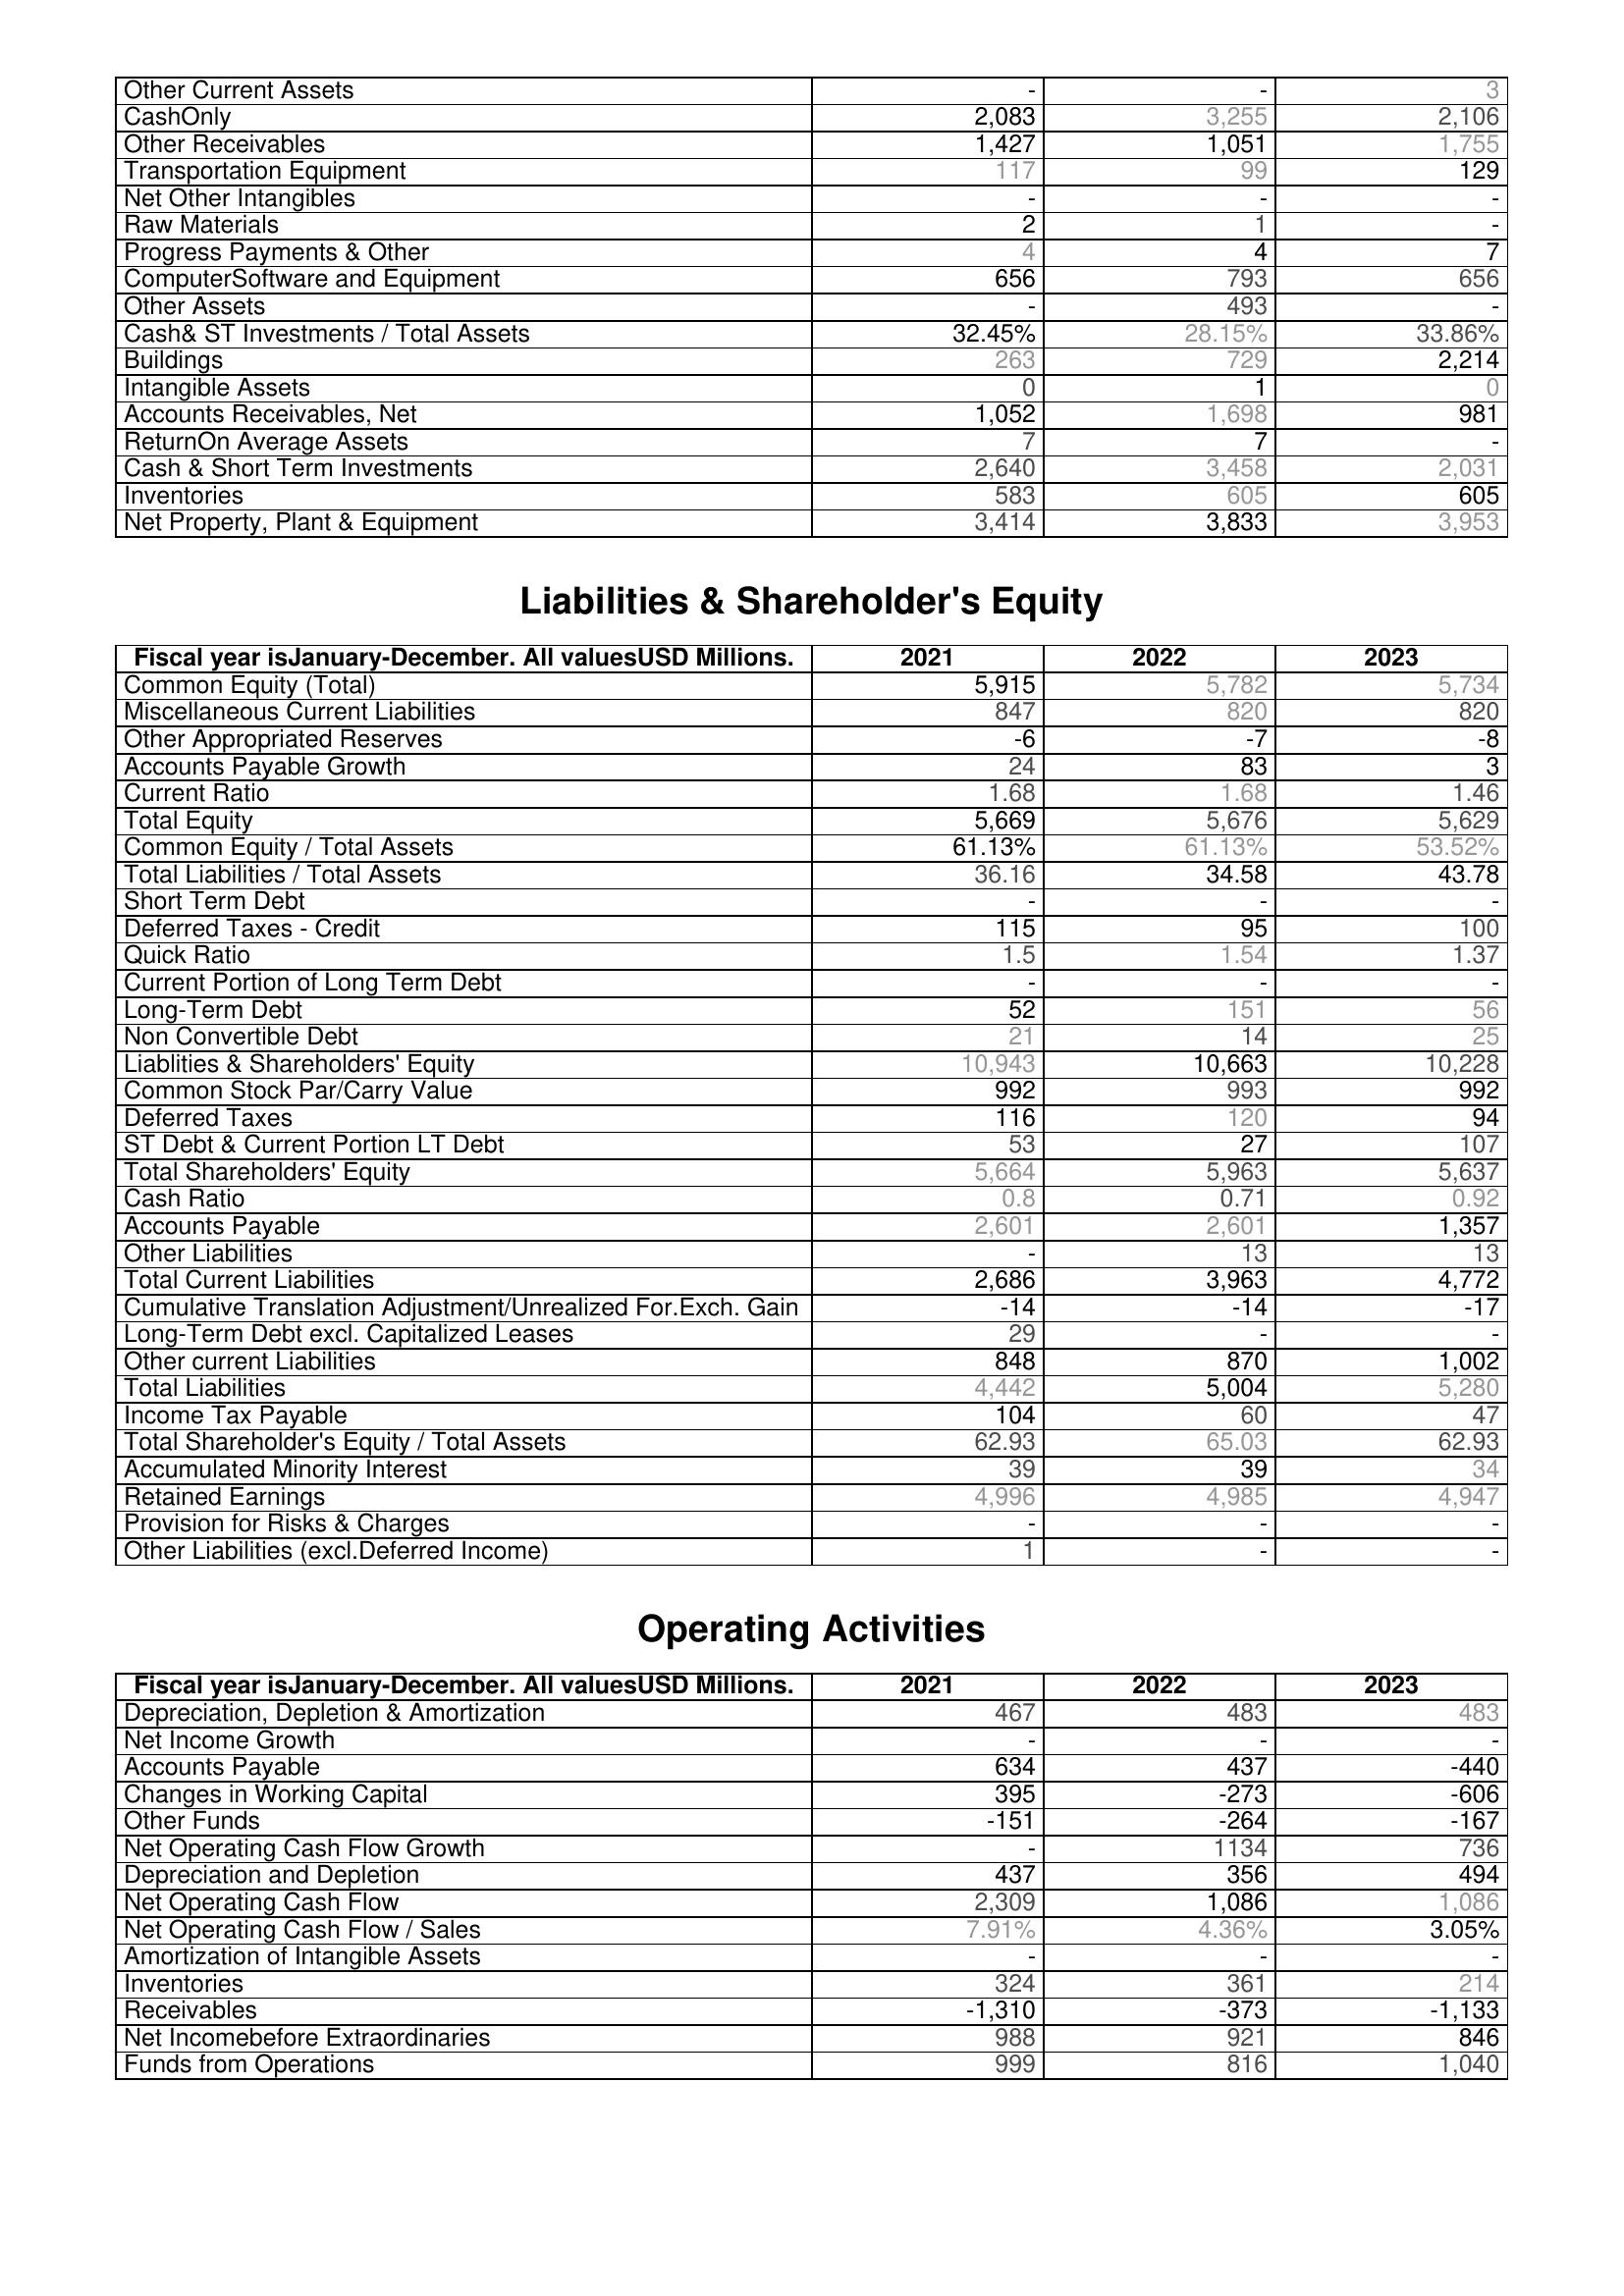
2021: Assets: Other Current Assets: -
CashOnly: 2,083
Other Receivables: 1,427
Transportation Equipment: 117
Net Other Intangibles: -
Raw Materials: 2
Progress Payments & Other: 4
ComputerSoftware and Equipment: 656
Other Assets: -
Cash& ST Investments / Total Assets: 32.45%
Buildings: 263
Intangible Assets: 0
Accounts Receivables, Net: 1,052
ReturnOn Average Assets: 7
Cash & Short Term Investments: 2,640
Inventories: 583
Net Property, Plant & Equipment: 3,414
Liabilities & Shareholder's Equity: Common Equity (Total): 5,915
Miscellaneous Current Liabilities: 847
Other Appropriated Reserves: -6
Accounts Payable Growth: 24
Current Ratio: 1.68
Total Equity: 5,669
Common Equity / Total Assets: 61.13%
Total Liabilities / Total Assets: 36.16
Short Term Debt: -
Deferred Taxes - Credit: 115
Quick Ratio: 1.5
Current Portion of Long Term Debt: -
Long-Term Debt: 52
Non Convertible Debt: 21
Liablities & Shareholders' Equity: 10,943
Common Stock Par/Carry Value: 992
Deferred Taxes: 116
ST Debt & Current Portion LT Debt: 53
Total Shareholders' Equity: 5,664
Cash Ratio: 0.8
Accounts Payable: 2,601
Other Liabilities: -
Total Current Liabilities: 2,686
Cumulative Translation Adjustment/Unrealized For.Exch. Gain: -14
Long-Term Debt excl. Capitalized Leases: 29
Other current Liabilities: 848
Total Liabilities: 4,442
Income Tax Payable: 104
Total Shareholder's Equity / Total Assets: 62.93
Accumulated Minority Interest: 39
Retained Earnings: 4,996
Provision for Risks & Charges: -
Other Liabilities (excl.Deferred Income): 1
Operating Activities: Depreciation, Depletion & Amortization: 467
Net Income Growth: -
Accounts Payable: 634
Changes in Working Capital: 395
Other Funds: -151
Net Operating Cash Flow Growth: -
Depreciation and Depletion: 437
Net Operating Cash Flow: 2,309
Net Operating Cash Flow / Sales: 7.91%
Amortization of Intangible Assets: -
Inventories: 324
Receivables: -1,310
Net Incomebefore Extraordinaries: 988
Funds from Operations: 999
2022: Assets: Other Current Assets: -
CashOnly: 3,255
Other Receivables: 1,051
Transportation Equipment: 99
Net Other Intangibles: -
Raw Materials: 1
Progress Payments & Other: 4
ComputerSoftware and Equipment: 793
Other Assets: 493
Cash& ST Investments / Total Assets: 28.15%
Buildings: 729
Intangible Assets: 1
Accounts Receivables, Net: 1,698
ReturnOn Average Assets: 7
Cash & Short Term Investments: 3,458
Inventories: 605
Net Property, Plant & Equipment: 3,833
Liabilities & Shareholder's Equity: Common Equity (Total): 5,782
Miscellaneous Current Liabilities: 820
Other Appropriated Reserves: -7
Accounts Payable Growth: 83
Current Ratio: 1.68
Total Equity: 5,676
Common Equity / Total Assets: 61.13%
Total Liabilities / Total Assets: 34.58
Short Term Debt: -
Deferred Taxes - Credit: 95
Quick Ratio: 1.54
Current Portion of Long Term Debt: -
Long-Term Debt: 151
Non Convertible Debt: 14
Liablities & Shareholders' Equity: 10,663
Common Stock Par/Carry Value: 993
Deferred Taxes: 120
ST Debt & Current Portion LT Debt: 27
Total Shareholders' Equity: 5,963
Cash Ratio: 0.71
Accounts Payable: 2,601
Other Liabilities: 13
Total Current Liabilities: 3,963
Cumulative Translation Adjustment/Unrealized For.Exch. Gain: -14
Long-Term Debt excl. Capitalized Leases: -
Other current Liabilities: 870
Total Liabilities: 5,004
Income Tax Payable: 60
Total Shareholder's Equity / Total Assets: 65.03
Accumulated Minority Interest: 39
Retained Earnings: 4,985
Provision for Risks & Charges: -
Other Liabilities (excl.Deferred Income): -
Operating Activities: Depreciation, Depletion & Amortization: 483
Net Income Growth: -
Accounts Payable: 437
Changes in Working Capital: -273
Other Funds: -264
Net Operating Cash Flow Growth: 1134
Depreciation and Depletion: 356
Net Operating Cash Flow: 1,086
Net Operating Cash Flow / Sales: 4.36%
Amortization of Intangible Assets: -
Inventories: 361
Receivables: -373
Net Incomebefore Extraordinaries: 921
Funds from Operations: 816
2023: Assets: Other Current Assets: 3
CashOnly: 2,106
Other Receivables: 1,755
Transportation Equipment: 129
Net Other Intangibles: -
Raw Materials: -
Progress Payments & Other: 7
ComputerSoftware and Equipment: 656
Other Assets: -
Cash& ST Investments / Total Assets: 33.86%
Buildings: 2,214
Intangible Assets: 0
Accounts Receivables, Net: 981
ReturnOn Average Assets: -
Cash & Short Term Investments: 2,031
Inventories: 605
Net Property, Plant & Equipment: 3,953
Liabilities & Shareholder's Equity: Common Equity (Total): 5,734
Miscellaneous Current Liabilities: 820
Other Appropriated Reserves: -8
Accounts Payable Growth: 3
Current Ratio: 1.46
Total Equity: 5,629
Common Equity / Total Assets: 53.52%
Total Liabilities / Total Assets: 43.78
Short Term Debt: -
Deferred Taxes - Credit: 100
Quick Ratio: 1.37
Current Portion of Long Term Debt: -
Long-Term Debt: 56
Non Convertible Debt: 25
Liablities & Shareholders' Equity: 10,228
Common Stock Par/Carry Value: 992
Deferred Taxes: 94
ST Debt & Current Portion LT Debt: 107
Total Shareholders' Equity: 5,637
Cash Ratio: 0.92
Accounts Payable: 1,357
Other Liabilities: 13
Total Current Liabilities: 4,772
Cumulative Translation Adjustment/Unrealized For.Exch. Gain: -17
Long-Term Debt excl. Capitalized Leases: -
Other current Liabilities: 1,002
Total Liabilities: 5,280
Income Tax Payable: 47
Total Shareholder's Equity / Total Assets: 62.93
Accumulated Minority Interest: 34
Retained Earnings: 4,947
Provision for Risks & Charges: -
Other Liabilities (excl.Deferred Income): -
Operating Activities: Depreciation, Depletion & Amortization: 483
Net Income Growth: -
Accounts Payable: -440
Changes in Working Capital: -606
Other Funds: -167
Net Operating Cash Flow Growth: 736
Depreciation and Depletion: 494
Net Operating Cash Flow: 1,086
Net Operating Cash Flow / Sales: 3.05%
Amortization of Intangible Assets: -
Inventories: 214
Receivables: -1,133
Net Incomebefore Extraordinaries: 846
Funds from Operations: 1,040